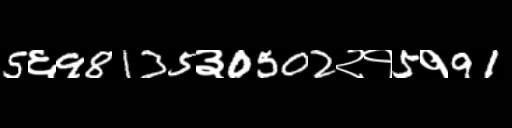
Text: 5६98135३0502२१5१91